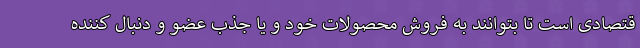
قتصادی است تا بتوانند به فروش محصولات خود و یا جذب عضو و دنبال کننده